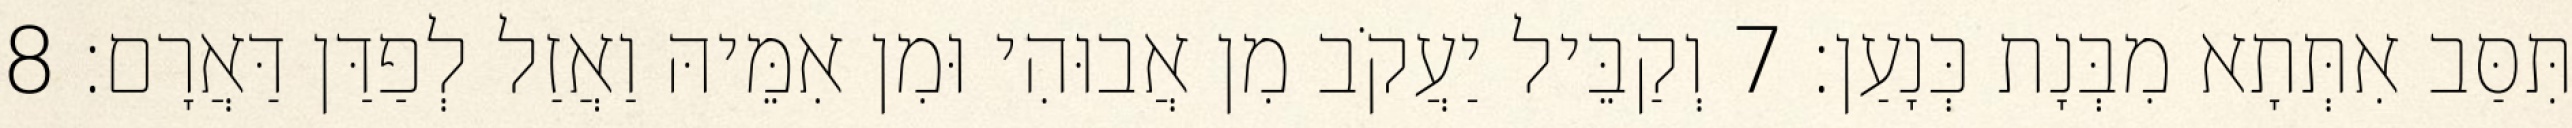
תִּסַּב אִתְּתָא מִבְּנָת כְּנָעַן׃ 7 וְקַבֵּיל יַעֲקֹב מִן אֲבוּהִי וּמִן אִמֵּיהּ וַאֲזַל לְפַדַּן דַּאֲרָם׃ 8